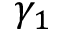
\gamma _ { 1 }